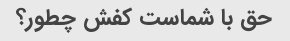
حق با شماست کفش چطور؟